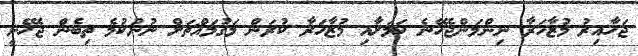
ޖަހާއިރު މުޒާހަރާ ނިންމަންޖެހޭނެ ކަމަށާއި މުޒާހަރާ ކުރަން މަގުމައްޗަށް ނުނުކުމެ ތިބެން ޖެހޭނީ